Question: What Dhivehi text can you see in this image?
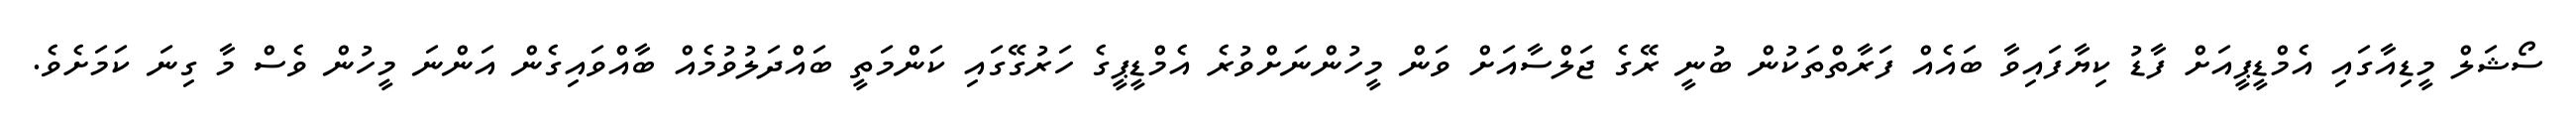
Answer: ސޯޝަލް މީޑިއާގައި އެމްޑީޕީއަށް ފާޑު ކިޔާފައިވާ ބައެއް ފަރާތްތަކުން ބުނީ ރޭގެ ޖަލްސާއަށް ވަން މީހުންނަށްވުރެ އެމްޑީޕީގެ ހަރުގޭގައި ކަންމަތީ ބައްދަލުވުމެއް ބާއްވައިގެން އަންނަ މީހުން ވެސް މާ ގިނަ ކަމަށެވެ.